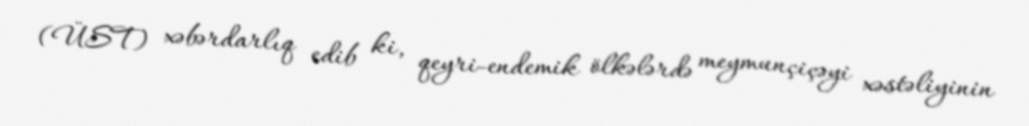
(ÜST) xəbərdarlıq edib ki, qeyri-endemik ölkələrdə meymunçiçəyi xəstəliyinin